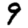
Digit: 9